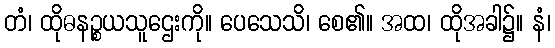
တံ၊ ထိုဓနဉ္စယသူဌေးကို။ ပေသေသိ၊ စေ၏။ အထ၊ ထိုအခါ၌။ နံ၊